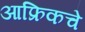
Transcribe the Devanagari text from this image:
आफ्रिकचे